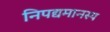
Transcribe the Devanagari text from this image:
निपद्यमानस्य